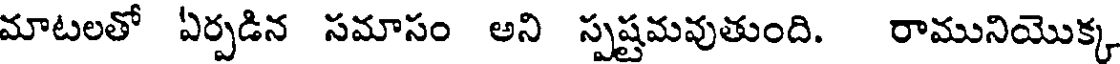
మాటలతో ఏర్పడిన సమాసం అని స్పష్టమవుతుంది. రామునియొక్క